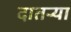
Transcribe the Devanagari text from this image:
दातर्‍या